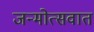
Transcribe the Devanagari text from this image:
जन्मोत्सवात